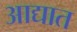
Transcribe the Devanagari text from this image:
आद्यात